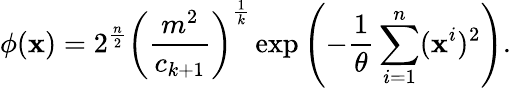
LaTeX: \phi(\mathbf{x})=2^{\frac{{n}}{{2}}}\left(\frac{{m^{2}}}{{c_{k+1}}}\right)^{\frac{{1}}{{k}}}\exp{\left(-\frac{{1}}{{\theta}}\sum_{i=1}^{n}(\mathbf{x}^{i})^{2}\right)}.